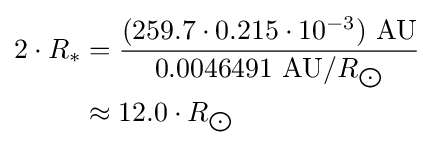
{\begin{aligned}2\cdot R_{*}&={\frac {(259.7\cdot 0.215\cdot 10^{-3})\ {\text{AU}}}{0.0046491\ {\text{AU}}/R_{\bigodot }}}\\&\approx 12.0\cdot R_{\bigodot }\end{aligned}}